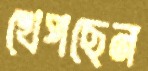
খেপছেন